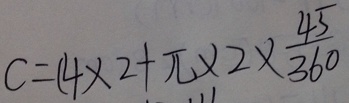
C = ( 4 \times 2 + \pi \times 2 \times \frac { 4 5 } { 3 6 0 }